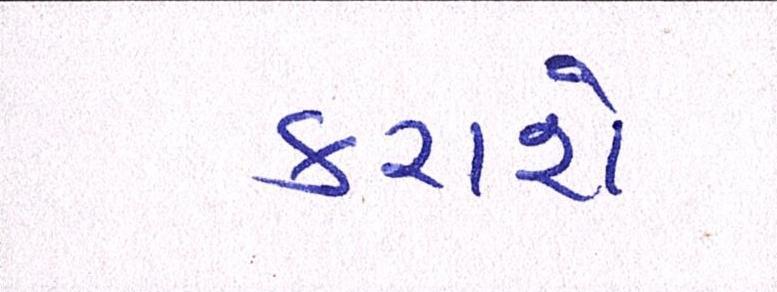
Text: કરાશે